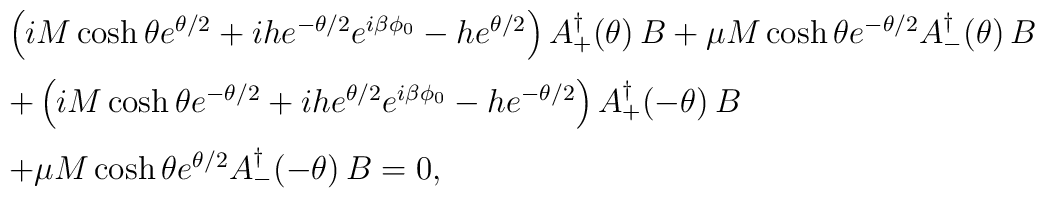
\begin{array}{ll}\left(i M\cosh\theta e^{\theta/2} + ih e^{-\theta/2}e^{i\beta\phi_0} - h e^{\theta/2}\right)A_+ ^\dagger (\theta)\, B +\mu M\cosh\theta e^{-\theta/2}A_{-}^\dagger (\theta)\, B \\[3mm]+ \left(i M\cosh\theta e^{-\theta/2} + ih e^{\theta/2}e^{i\beta\phi_0} - h e^{-\theta/2}\right)A_+ ^\dagger (-\theta)\, B  \\[3mm]+\mu M\cosh\theta e^{\theta/2}A_{-}^\dagger (-\theta)\, B = 0,\end{array}